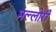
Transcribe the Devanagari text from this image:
मल्लोरी